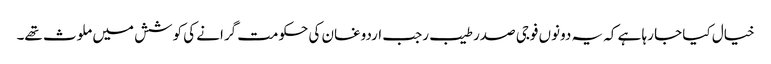
خیال کیا جا رہا ہے کہ یہ دونوں فوجی صدر طیب رجب اردوغان کی حکومت گرانے کی کوشش میں ملوث تھے۔